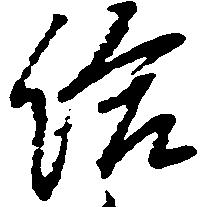
給